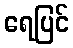
ရေပြင်